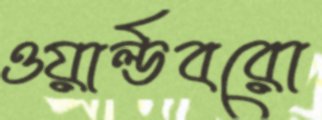
ওয়ার্ল্ডবরো